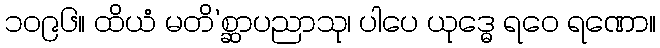
၁၀၉၆။ ထိယံ မတိ’စ္ဆာပညာသု၊ ပါပေ ယုဒ္ဓေ ရဝေ ရဏော။